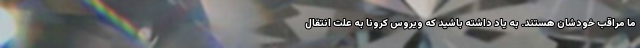
ما مراقب خودشان هستند. به یاد داشته باشید که ویروس کرونا به علت انتقال